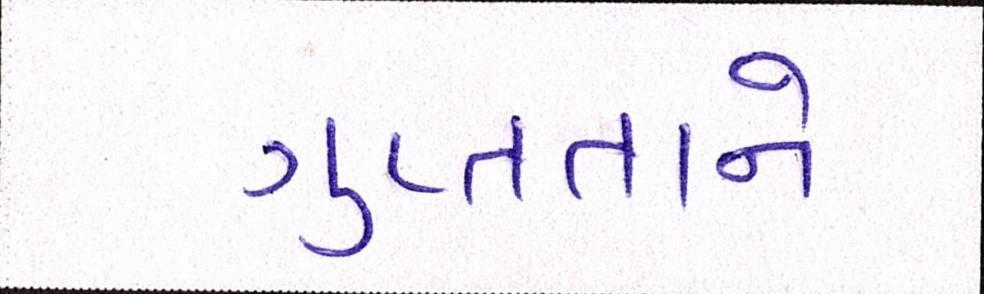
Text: ગુપ્તતાને